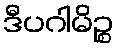
ဒီပဂါမိဉ္စ